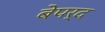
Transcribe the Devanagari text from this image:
बेपर्द